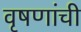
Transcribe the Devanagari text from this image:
वृषणांची